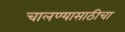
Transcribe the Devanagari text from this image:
चालण्यासाठीचा